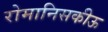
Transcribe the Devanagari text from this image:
रोमानिसकीऊ